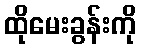
ထိုမေးခွန်းကို